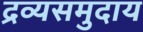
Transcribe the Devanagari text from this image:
द्रव्यसमुदाय